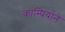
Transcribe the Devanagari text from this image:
काम्पियोने